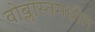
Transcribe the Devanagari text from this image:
वोब्लास्तमधील